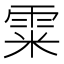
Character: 𩂮